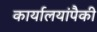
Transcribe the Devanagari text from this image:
कार्यालयांपैकी